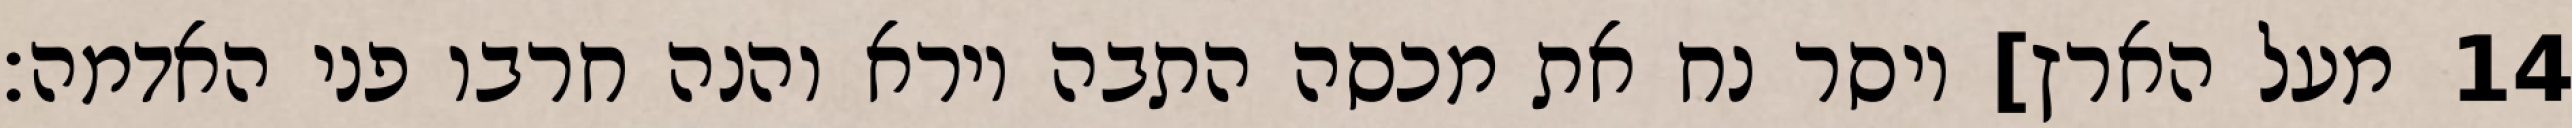
מעל הארץ] ויסר נח את מכסה התבה וירא והנה חרבו פני האדמה׃ ‎14‏